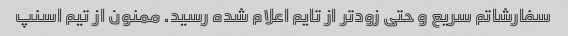
سفارشاتم سریع و حتی زودتر از تایم اعلام شده رسید. ممنون از تیم اسنپ